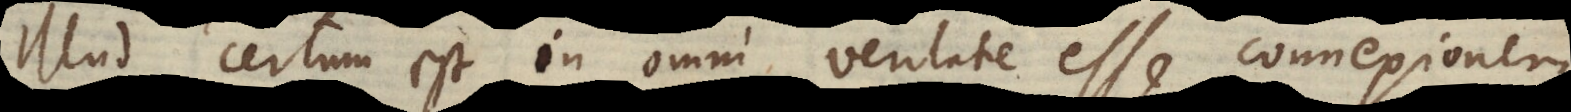
Illud certum est, in omni veritate esse connexionem